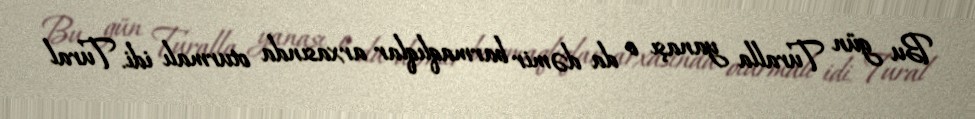
Bu gün Turalla yanaşı o da dəmir barmaqlıqlar arxasında oturmalı idi. Tural